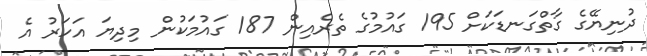
ދުނިޔޭގެ ގާތްގަނޑަކަށް 195 ގައުމުގެ ތެރެއިން 187 ގައުމަކުން މިދިޔަ އަހަރު އެ